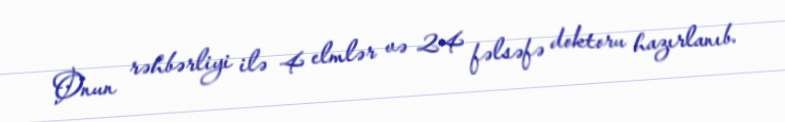
Onun rəhbərliyi ilə 4 elmlər və 24 fəlsəfə doktoru hazırlanıb.